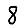
Digit: 8